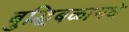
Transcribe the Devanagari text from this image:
बुद्धिबळामधे